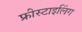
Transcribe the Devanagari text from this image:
फ्रीस्टाइलिंग